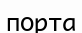
порта